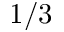
1 / 3